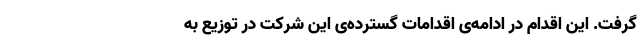
گرفت. این اقدام در ادامه‌ی‌ اقدامات گسترده‌ی این شرکت در توزیع به